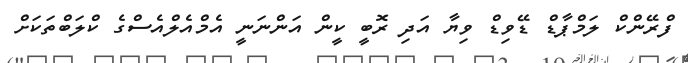
ފްރޭންކް ލަމްޕާޑް ޑޭވިޑް ވިޔާ އަދި ރޮބީ ކީން އަންނަނީ އެމްއެލްއެސްގެ ކްލަބްތަކަށް